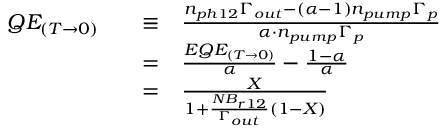
\begin{array} { r l r l } { Q E _ { ( T \rightarrow 0 ) } } & { } & { \equiv } & { \frac { n _ { p h 1 2 } \Gamma _ { o u t } - ( \alpha - 1 ) n _ { p u m p } \Gamma _ { p } } { \alpha \cdot n _ { p u m p } \Gamma _ { p } } } \\ & { } & { = } & { \frac { E Q E _ { ( T \rightarrow 0 ) } } { \alpha } - \frac { 1 - \alpha } { \alpha } } \\ & { } & { = } & { \frac { X } { 1 + \frac { N B _ { r 1 2 } } { \Gamma _ { o u t } } ( 1 - X ) } } \end{array}